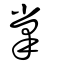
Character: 𤓯